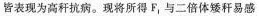
皆表现为高秆抗病。现将所得F_{1}与二倍体矮秆易感